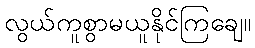
လွယ်ကူစွာမယူနိုင်ကြချေ။